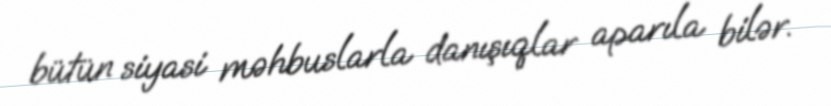
bütün siyasi məhbuslarla danışıqlar aparıla bilər.